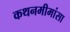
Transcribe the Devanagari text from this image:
कथनमीमांसा